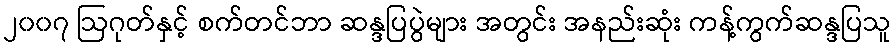
၂၀၀၇ ဩဂုတ်နှင့် စက်တင်ဘာ ဆန္ဒပြပွဲများ အတွင်း အနည်းဆုံး ကန့်ကွက်ဆန္ဒပြသူ